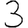
Digit: 3